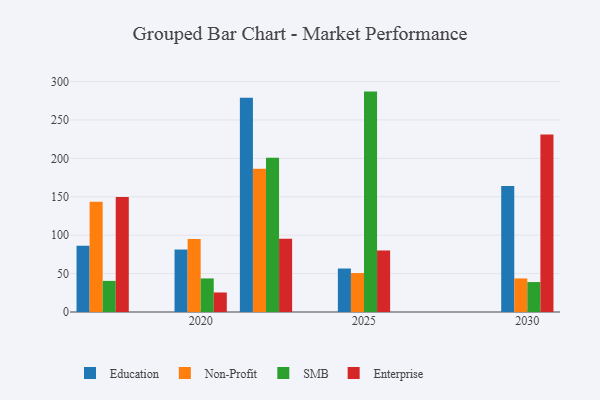
{"axis": {"x": "Year", "y": "Population (Million)"}, "legend": ["Education", "Enterprise", "Non-Profit", "SMB"], "data": [{"x": "2017", "y": 86.2, "type": "Education"}, {"x": "2017", "y": 143.6, "type": "Non-Profit"}, {"x": "2017", "y": 40.5, "type": "SMB"}, {"x": "2017", "y": 149.6, "type": "Enterprise"}, {"x": "2022", "y": 278.8, "type": "Education"}, {"x": "2022", "y": 186.5, "type": "Non-Profit"}, {"x": "2022", "y": 200.8, "type": "SMB"}, {"x": "2022", "y": 95.4, "type": "Enterprise"}, {"x": "2030", "y": 163.9, "type": "Education"}, {"x": "2030", "y": 43.7, "type": "Non-Profit"}, {"x": "2030", "y": 39.0, "type": "SMB"}, {"x": "2030", "y": 230.9, "type": "Enterprise"}, {"x": "2020", "y": 81.3, "type": "Education"}, {"x": "2020", "y": 95.0, "type": "Non-Profit"}, {"x": "2020", "y": 43.7, "type": "SMB"}, {"x": "2020", "y": 25.4, "type": "Enterprise"}, {"x": "2025", "y": 56.6, "type": "Education"}, {"x": "2025", "y": 50.7, "type": "Non-Profit"}, {"x": "2025", "y": 286.9, "type": "SMB"}, {"x": "2025", "y": 80.1, "type": "Enterprise"}]}